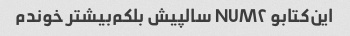
این‌کتابو NUM۲ سالپیش بلکم‌بیشتر خوندم